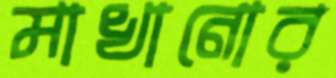
মাখানোর